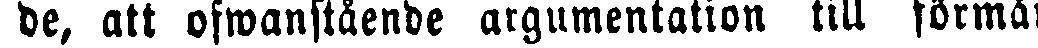
de, att ofwanstående argumentation till förmån